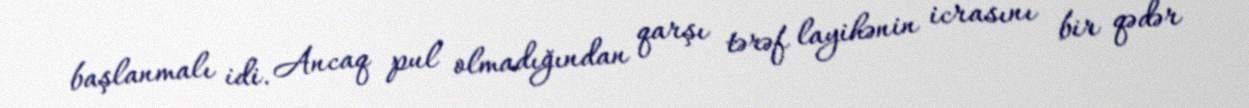
başlanmalı idi. Ancaq pul olmadığından qarşı tərəf layihənin icrasını bir qədər